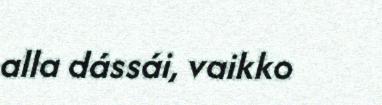
alla dássái, vaikko